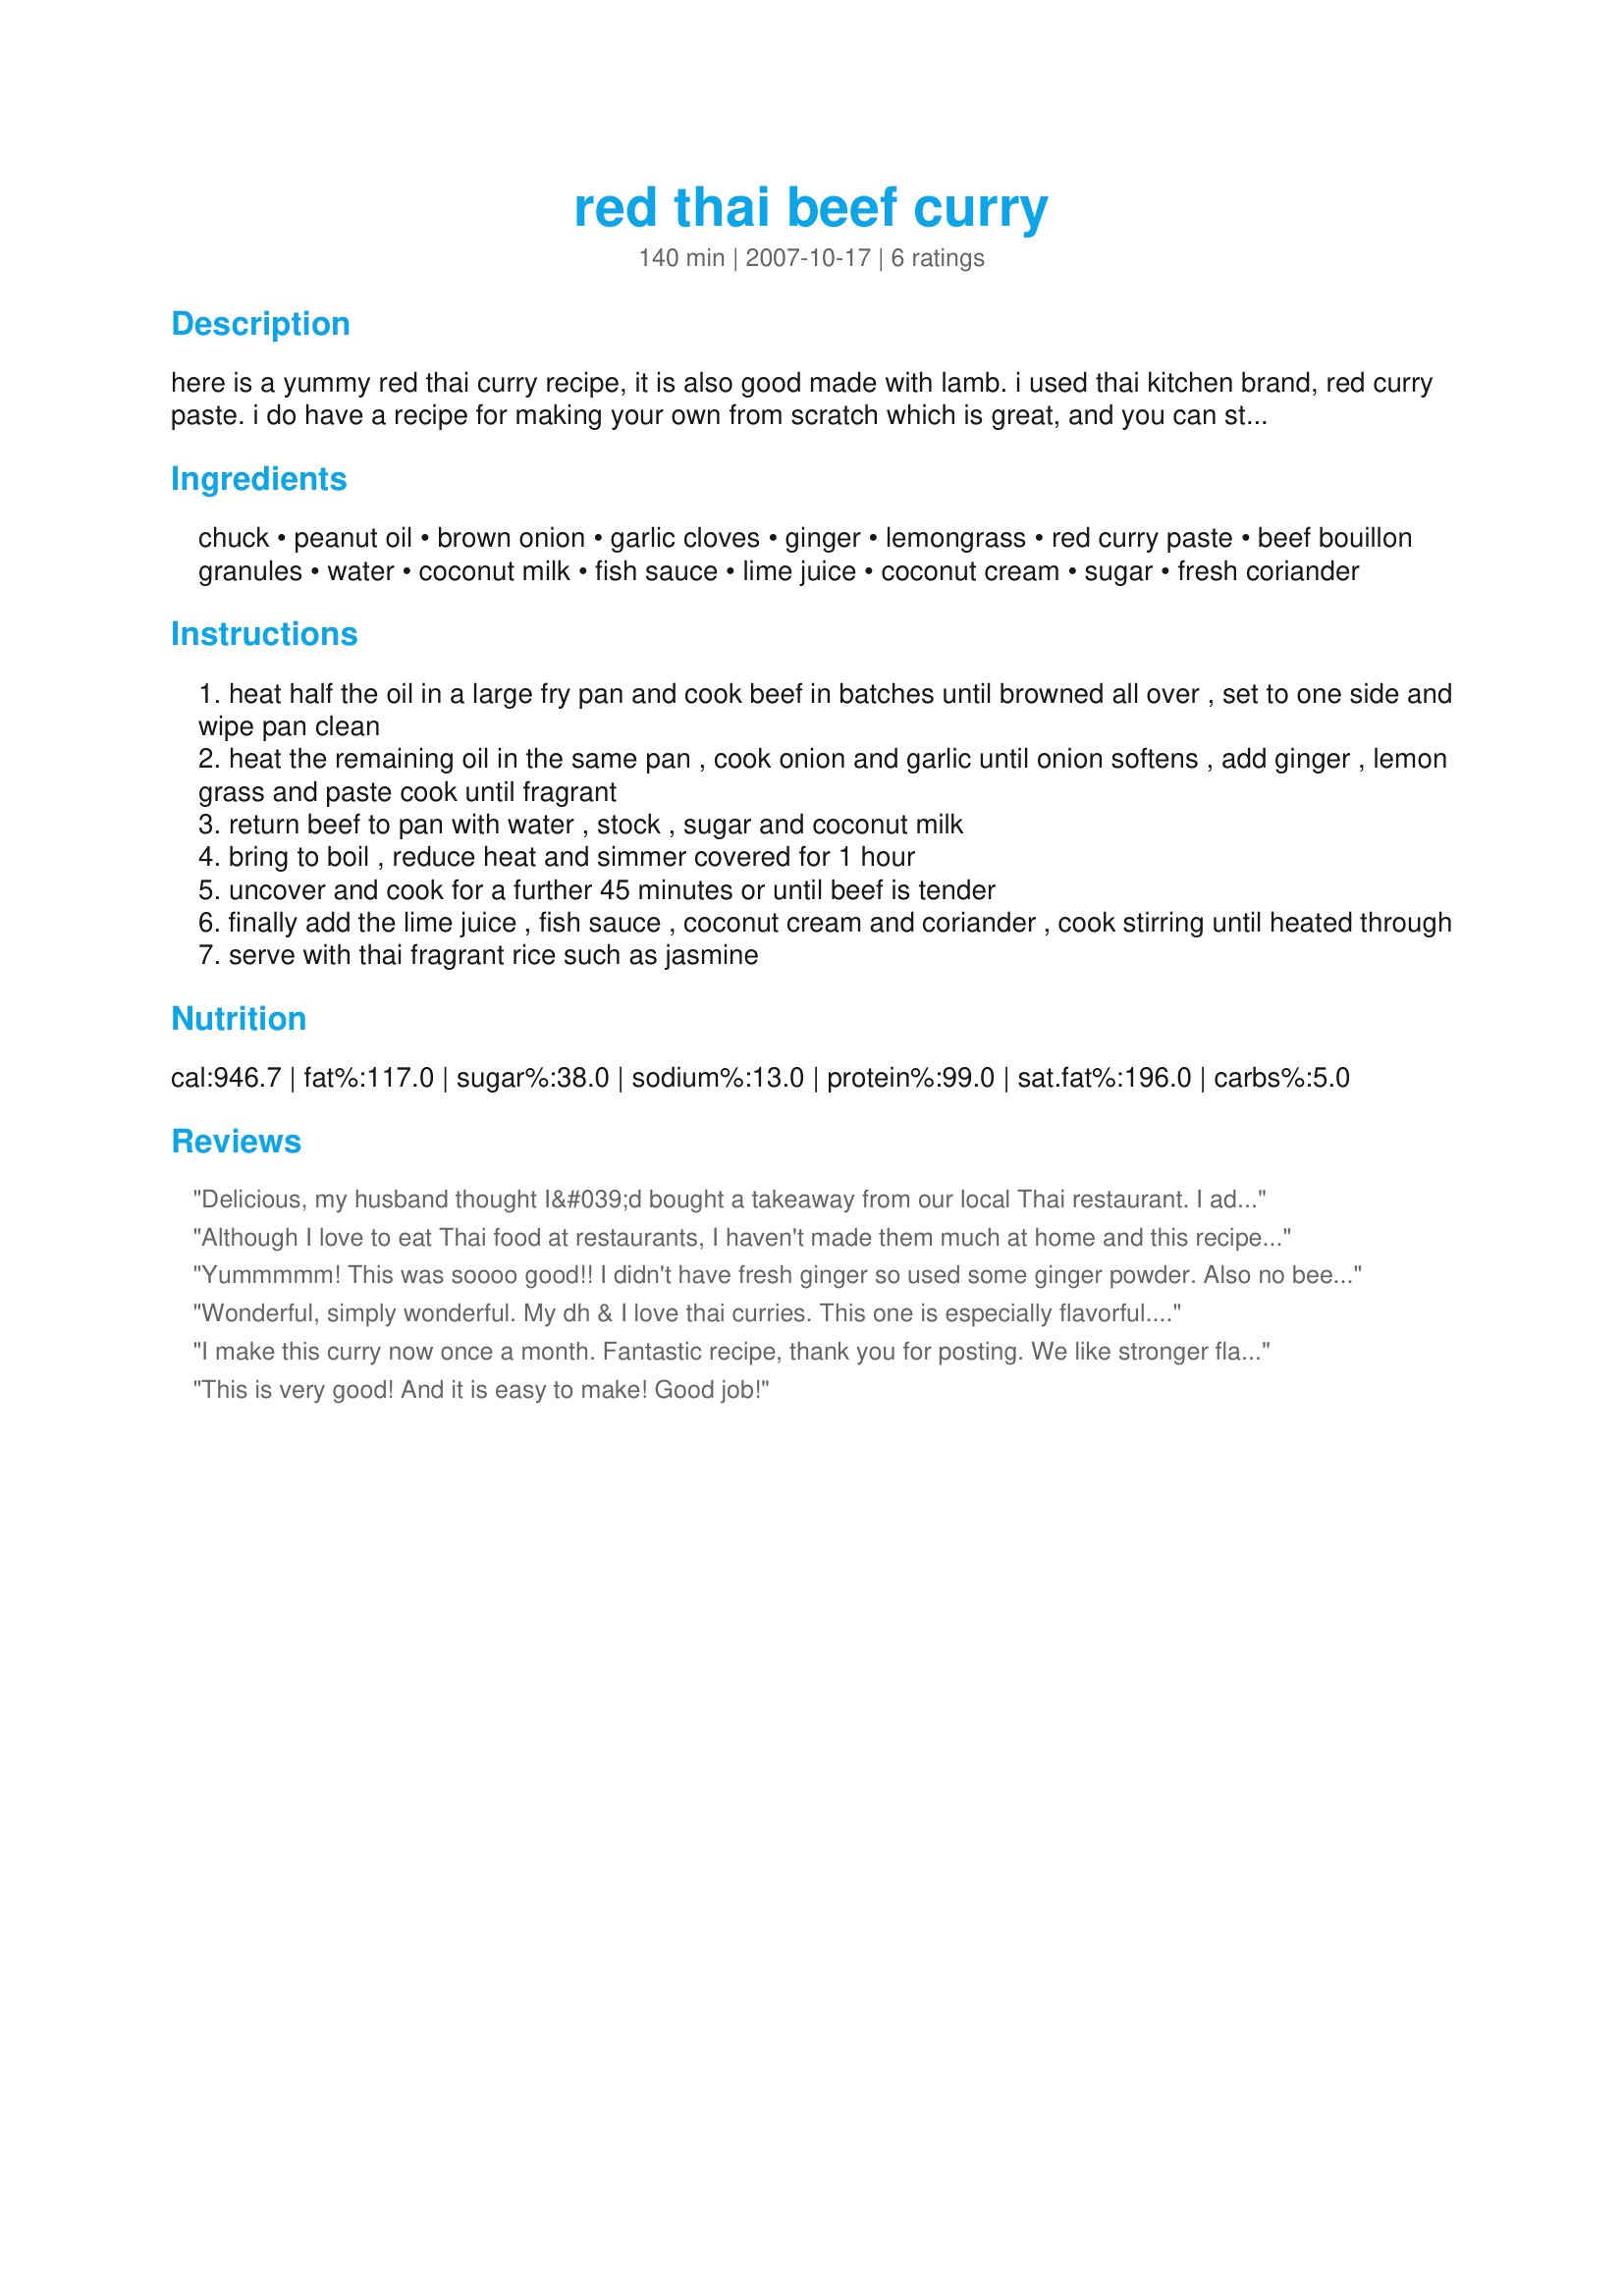
red thai beef curry
Preparation time: 140 minutes

here is a yummy red thai curry recipe, it is also good made with lamb. i used thai kitchen brand, red curry paste. i do have a recipe for making your own from scratch which is great, and you can store the paste for up to 4 weeks in the fridge. as i didn't have any on hand i used a store bought one to save time and i have to say thai kitchen does do a good paste.

Ingredients:
chuck, peanut oil, brown onion, garlic cloves, ginger, lemongrass, red curry paste, beef bouillon granules, water, coconut milk, fish sauce, lime juice, coconut cream, sugar, fresh coriander

Steps:
heat half the oil in a large fry pan and cook beef in batches until browned all over , set to one side and wipe pan clean
heat the remaining oil in the same pan , cook onion and garlic until onion softens , add ginger , lemon grass and paste cook until fragrant
return beef to pan with water , stock , sugar and coconut milk
bring to boil , reduce heat and simmer covered for 1 hour
uncover and cook for a further 45 minutes or until beef is tender
finally add the lime juice , fish sauce , coconut cream and coriander , cook stirring until heated through
serve with thai fragrant rice such as jasmine

Reviews:
Delicious, my husband thought I&#039;d bought a takeaway from our local Thai restaurant. I added sliced red peppers, sugar snaps and baby corn 20 mins before the end of cooking and served with rice noodles. The recipe was a winner with the whole family.
Although I love to eat Thai food at restaurants, I haven't made them much at home and this recipe will quickly change that. This curry has excellent taste and very easy to make. I halved the recipe without any problems. Because I only had 3/4 pound beef I also added 1/2 leftover cubed sweet potato I used lastnight and that worked out really well. The sweet potato added another dimension to the dish as well as some sweetness. Also I did not have coconut cream and used all coconut milk. Since I normally like more liquid in Thai curry, I doubled the coconut milk. Thank you Flying Chef for posting this wonderful recipe.
Yummmmm! This was soooo good!! I didn't have fresh ginger so used some ginger powder. Also no beef stock so used veggie stock. Also used a but more coconut milk and no coconut cream Will make this again for sure. Hubby loved it too! Oh added green beans, zucchini, mushroom, capsicum and a red chilli as well
Wonderful, simply wonderful. My dh & I love thai curries. This one is especially flavorful. Made exactly as written. It was thick, spicy and creamy. Just perfect served with jasmin rice. Thanks so much for sharing this keeper.
I make this curry now once a month. Fantastic recipe, thank you for posting. We like stronger flavors, so I make ours using minced, rather than sliced onion.Also I add one diced up serrano pepper, 3 tbsp of curry paste, and the whole can of coconut milk (lite), and double the amount of garlic.
This is very good! And it is easy to make! Good job!
